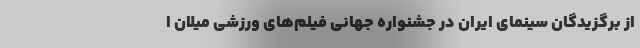
از برگزیدگان سینمای ایران در جشنواره جهانی فیلم‌های ورزشی میلان ا